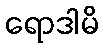
ရောဒါမိ